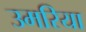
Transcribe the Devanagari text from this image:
उमरिया